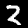
Label: 2